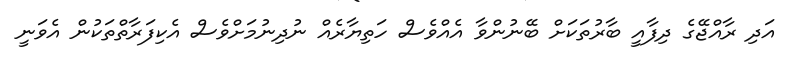
އަދި ރާއްޖޭގެ ދިފާއީ ބާރުތަކަށް ބޭނުންވާ އެއްވެސް ހަތިޔާރެއް ނުދިނުމަށްވެސް އެކިފަރާތްތަކުން އެވަނީ